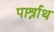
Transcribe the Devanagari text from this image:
पार्श्नाथ